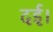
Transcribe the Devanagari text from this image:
दई।